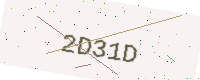
Text: 2D31D